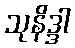
သုနိဒ္ဒါ